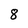
Character: 8